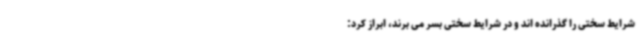
شرایط سختی را گذرانده اند و در شرایط سختی بسر می برند، ابراز کرد: